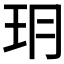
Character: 𤣽